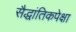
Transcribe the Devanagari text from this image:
सैद्धांतिकपेक्षा